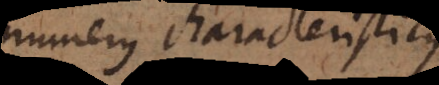
numerus characteristicus